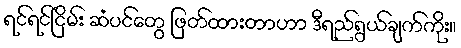
ရင်ရင်ငြိမ်း ဆံပင်တွေ ဖြတ်ထားတာဟာ ဒီရည်ရွယ်ချက်ကိုး။